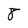
Character: 8